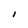
Character: i